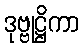
ဒုဗ္ဗုဋ္ဌိကာ